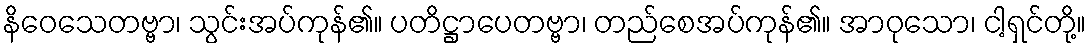
နိဝေသေတဗ္ဗာ၊ သွင်းအပ်ကုန်၏။ ပတိဋ္ဌာပေတဗ္ဗာ၊ တည်စေအပ်ကုန်၏။ အာဝုသော၊ ငါ့ရှင်တို့။